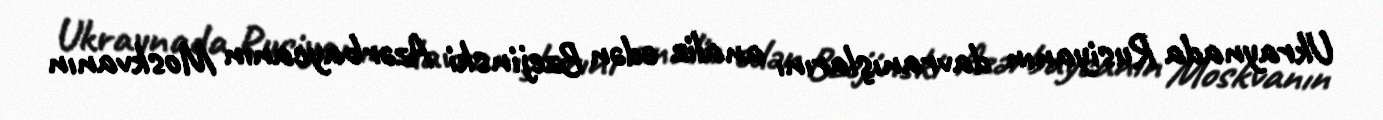
Ukraynada Rusiyanın davranışlarını analiz edən Bzejinski Azərbaycanın Moskvanın